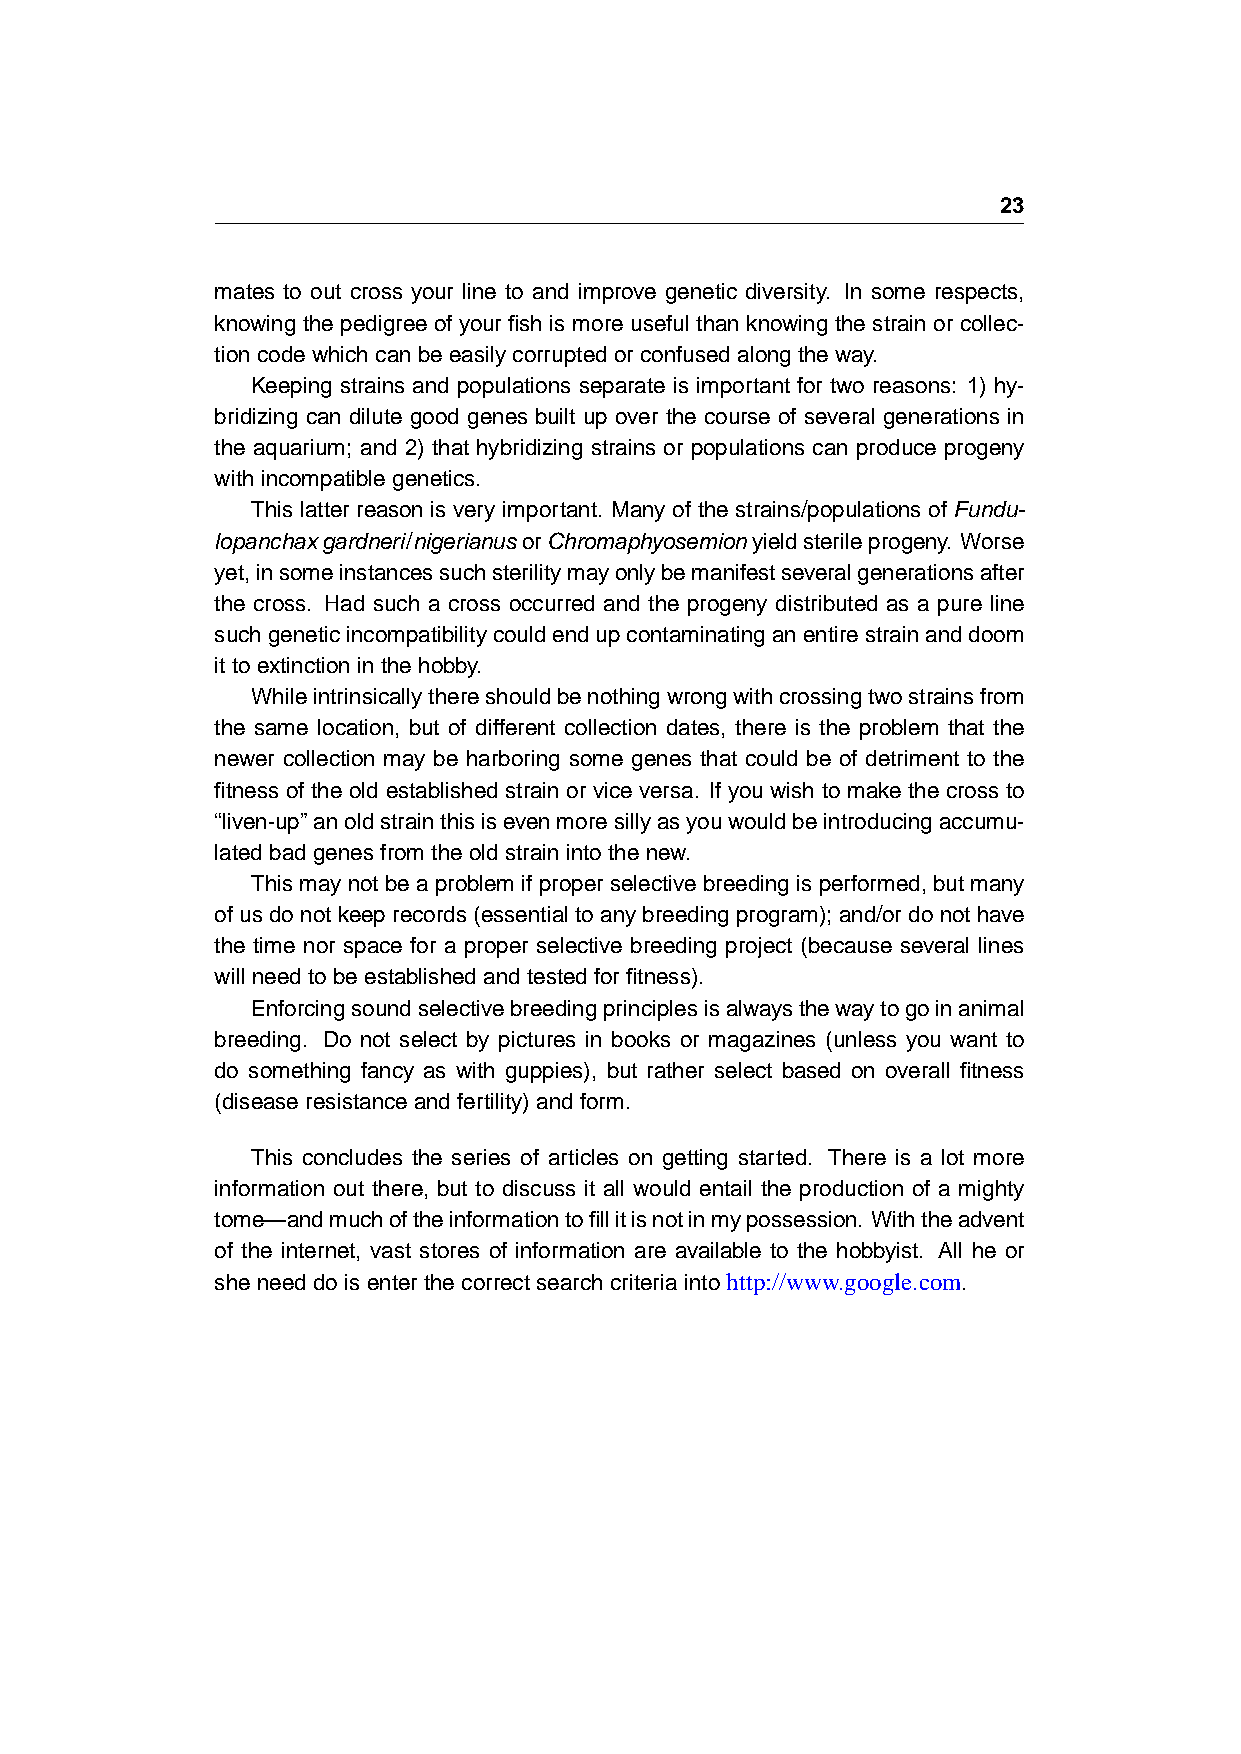
23
 mates to out cross your line to and improve genetic diversity. In some respects,
 knowing the pedigree of your fish is more useful than knowing the strain or collec-
 tioncodewhichcanbeeasilycorruptedorconfusedalongtheway.
 Keeping strains and populations separate is important for two reasons: 1) hy-
 bridizing can dilute good genes built up over the course of several generations in
 the aquarium; and 2) that hybridizing strains or populations can produce progeny
 withincompatiblegenetics.
 This latter reason is very important. Many of the strains/populations of Fundu-
 lopanchaxgardneri/nigerianusorChromaphyosemionyieldsterileprogeny. Worse
 yet,insomeinstancessuchsterilitymayonlybemanifestseveralgenerationsafter
 the cross. Had such a cross occurred and the progeny distributed as a pure line
 suchgeneticincompatibilitycouldendupcontaminatinganentirestrainanddoom
 ittoextinctioninthehobby.
 Whileintrinsicallythereshouldbenothingwrongwithcrossingtwostrainsfrom
 the same location, but of different collection dates, there is the problem that the
 newer collection may be harboring some genes that could be of detriment to the
 fitness of the old established strain or vice versa. If you wish to make the cross to
 “liven-up”anoldstrainthisisevenmoresillyasyouwouldbeintroducingaccumu-
 latedbadgenesfromtheoldstrainintothenew.
 Thismaynotbeaproblemifproperselectivebreedingisperformed,butmany
 ofusdonotkeeprecords(essentialtoanybreedingprogram);and/ordonothave
 the time nor space for a proper selective breeding project (because several lines
 willneedtobeestablishedandtestedforfitness).
 Enforcingsoundselectivebreedingprinciplesisalwaysthewaytogoinanimal
 breeding. Do not select by pictures in books or magazines (unless you want to
 do something fancy as with guppies), but rather select based on overall fitness
 (diseaseresistanceandfertility)andform.
 This concludes the series of articles on getting started. There is a lot more
 information out there, but to discuss it all would entail the production of a mighty
 tome—andmuchoftheinformationtofillitisnotinmypossession. Withtheadvent
 of the internet, vast stores of information are available to the hobbyist. All he or
 sheneeddoisenterthecorrectsearchcriteriaintohttp://www.google.com.